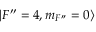
\vert F ^ { \prime \prime } = 4 , m _ { F ^ { \prime \prime } } = 0 \rangle